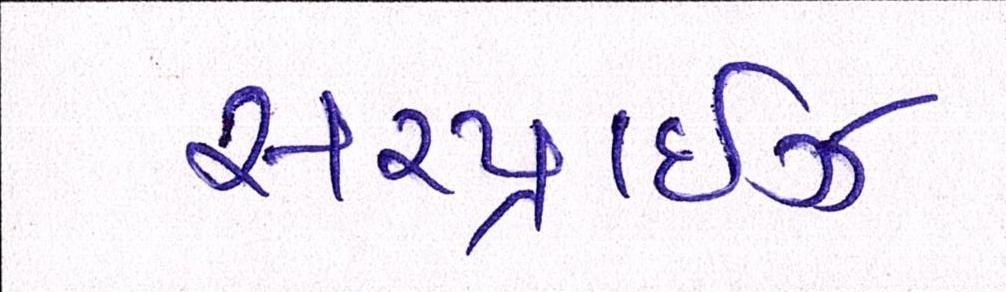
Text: સરપ્રાઇઝ